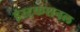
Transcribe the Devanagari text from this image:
इंस्ट्रकशनल